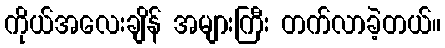
ကိုယ်အလေးချိန် အများကြီး တက်လာခဲ့တယ်။